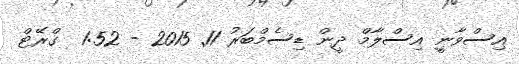
އިސްވާނީި އިސްލާމް ދީން ޑިސެމްބަރު 11